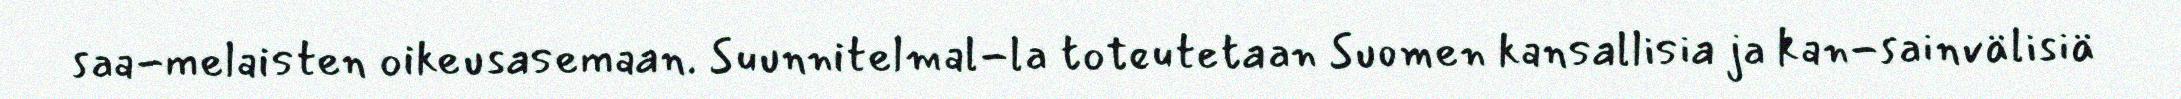
saa-melaisten oikeusasemaan. Suunnitelmal-la toteutetaan Suomen kansallisia ja kan-sainvälisiä